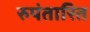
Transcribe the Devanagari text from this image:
रुपंतारित